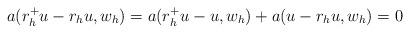
LaTeX: \begin{align*}a(r_h^+ u - r_h u, w_h) = a(r_h^+ u - u, w_h) + a(u - r_h u, w_h) = 0\end{align*}